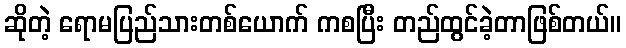
ဆိုတဲ့ ရောမပြည်သားတစ်ယောက် ကစပြီး တည်ထွင်ခဲ့တာဖြစ်တယ်။